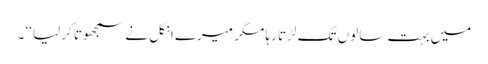
میں بہت سالوں تک لڑتا رہا مگر میرے انکل نے سمجھوتا کرلیا ‘‘ ۔